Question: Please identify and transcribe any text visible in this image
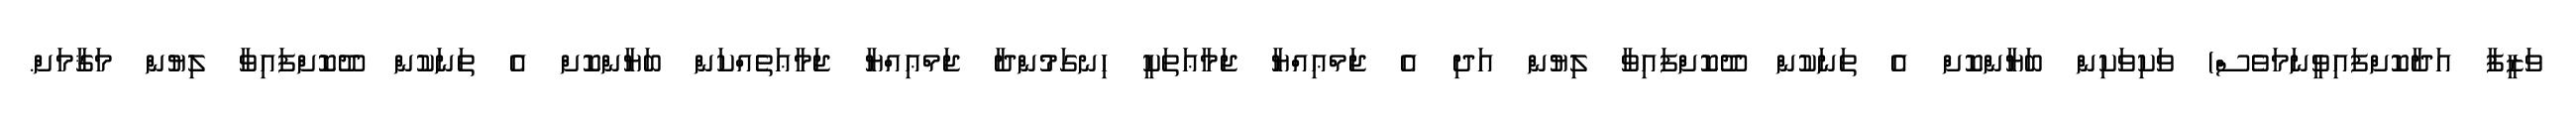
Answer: ވަޒީފާ އަދާކޮށްފައިވީނަމަވެސް) ވަކިވަކިން ބަޔާންކޮށް އެ ތަނަކުން ދޫކޮށްފައިވާ ލިޔުން އަދި އެ ޖަމްޢިއްޔާ ޖަމާޢަތަކީ ހިނގަމުންދާ ޖަމްޢިއްޔާ ޖަމާޢަތެއްކަން ބަޔާންކޮށް އެ ތަނަކުން ދޫކޮށްފައިވާ ލިޔުން މަޤާމަށް.